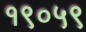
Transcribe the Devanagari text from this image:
१९०५९